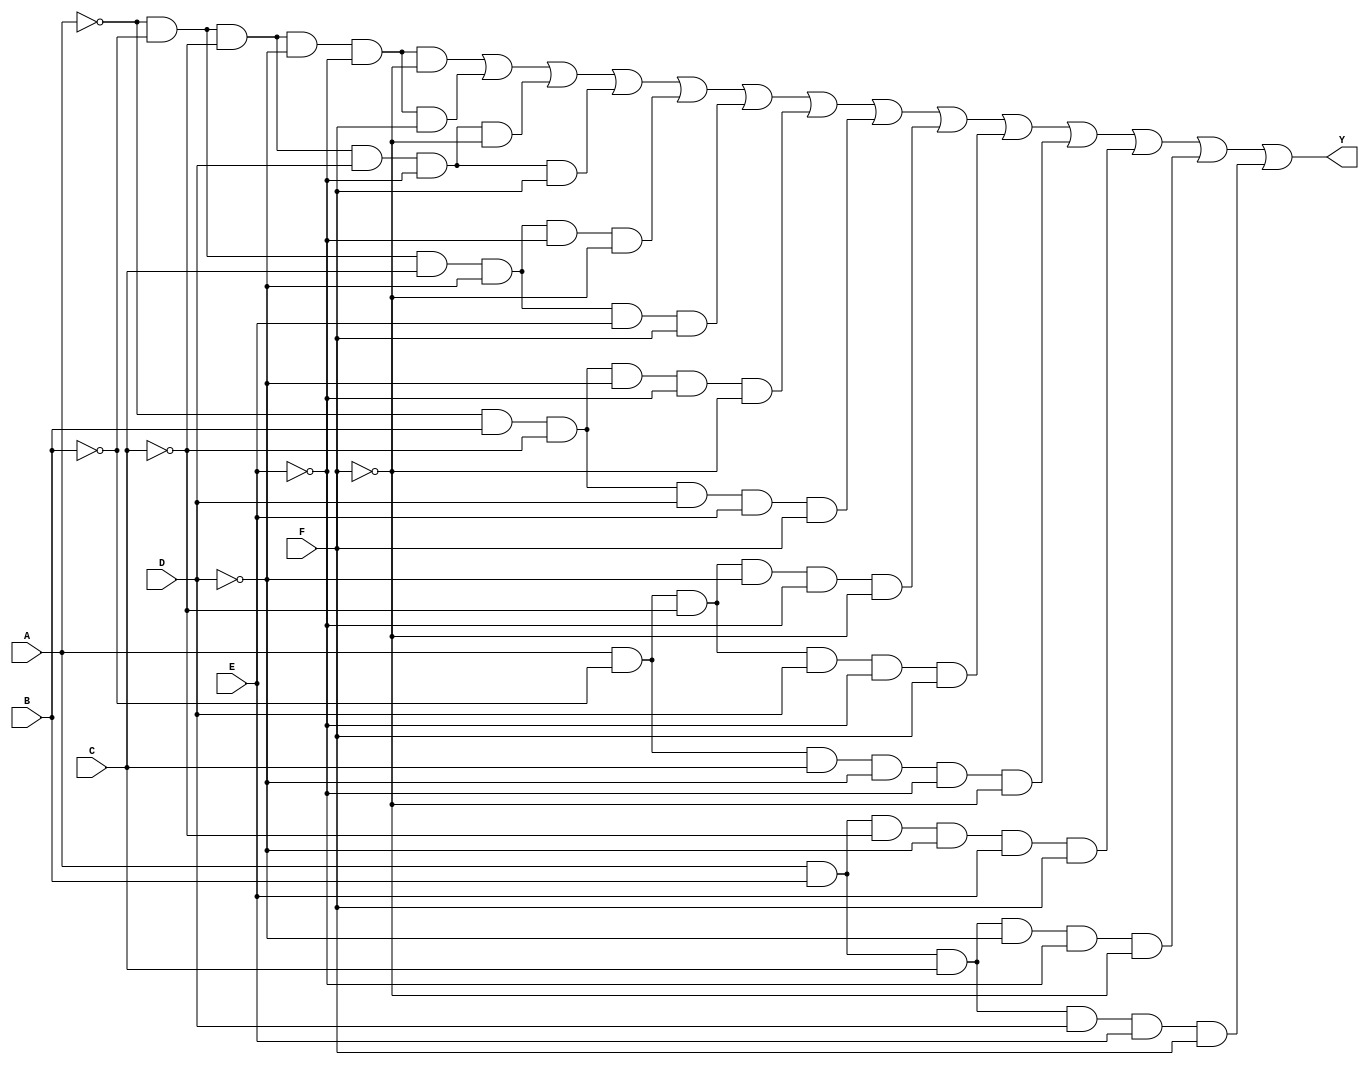
module six_variable_kmap (
    input wire A,      // Input variable A
    input wire B,      // Input variable B
    input wire C,      // Input variable C
    input wire D,      // Input variable D
    input wire E,      // Input variable E
    input wire F,      // Input variable F
    output wire Y      // Output variable Y
);

// Logic implementation based on K-map simplification
assign Y = 
    ((~A & ~B & ~C & ~D & ~E & ~F) |  // minterm 0
     (~A & ~B & ~C & ~D & ~E &  F) |  // minterm 1
     (~A & ~B & ~C &  D & ~E & ~F) |  // minterm 2
     (~A & ~B & ~C &  D & ~E &  F) |  // minterm 3
     (~A & ~B &  C & ~D & ~E & ~F) |  // minterm 4
     (~A & ~B &  C & ~D &  E &  F) |  // minterm 5
     (~A &  B & ~C & ~D & ~E & ~F) |  // minterm 6
     (~A &  B & ~C &  D &  E &  F) |  // minterm 7
     ( A & ~B & ~C & ~D & ~E & ~F) |  // minterm 8
     ( A & ~B & ~C &  D & ~E &  F) |  // minterm 9
     ( A & ~B &  C & ~D & ~E & ~F) |  // minterm 10
     ( A &  B & ~C & ~D &  E &  F) |  // minterm 11
     ( A &  B &  C & ~D & ~E & ~F) |  // minterm 12
     ( A &  B &  C &  D &  E &  F));   // minterm 13

endmodule